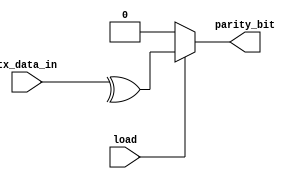
module tx_parity_gen(tx_data_in ,load , parity_bit);

input [7:0] tx_data_in;
input load;
output reg parity_bit ;


always@(*)
if(load==0) 

parity_bit=1'b0;

else
parity_bit =^(tx_data_in) ;


endmodule